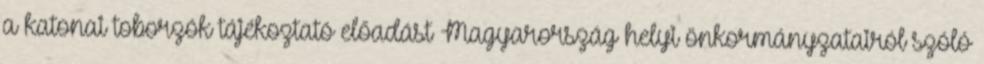
a katonai toborzók tájékoztató előadást Magyarország helyi önkormányzatairól szóló